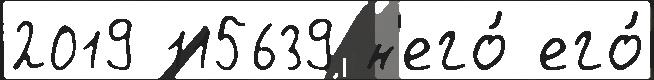
2019 115639 н'его́ его́